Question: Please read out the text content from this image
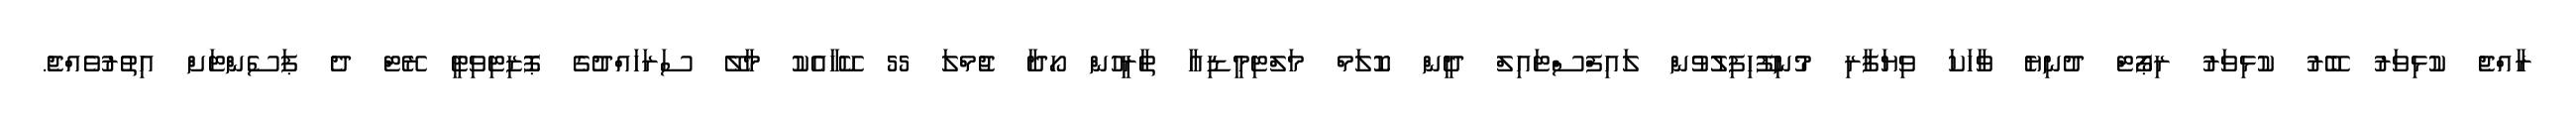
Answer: ރާއްޖެ ކުޅިވަރު ބޭރު ކުޅިވަރު ރިޕޯޓް ދުނިޔެ ވާހަކަ ވިޔަފާރި މުނިފޫހިފިލުވުން ލައިފްސްޓައިލް ދީން ކޮލަމް މަލްޓިމީޑިއާ ތާރީހުން ހޯދާ ޖުމްލަ 55 ކޭހާއެކު މާލޭ ސަރަހައްދުގެ ޕޮޒިޓިވިޓީ ރޭޓް ދެ ޕަސެންޓަށް އިތުރުވެއްޖެ.